Vaccination United Provinces of Agra and Oudh 1902-1913 - 1902-1913
Year: 1902
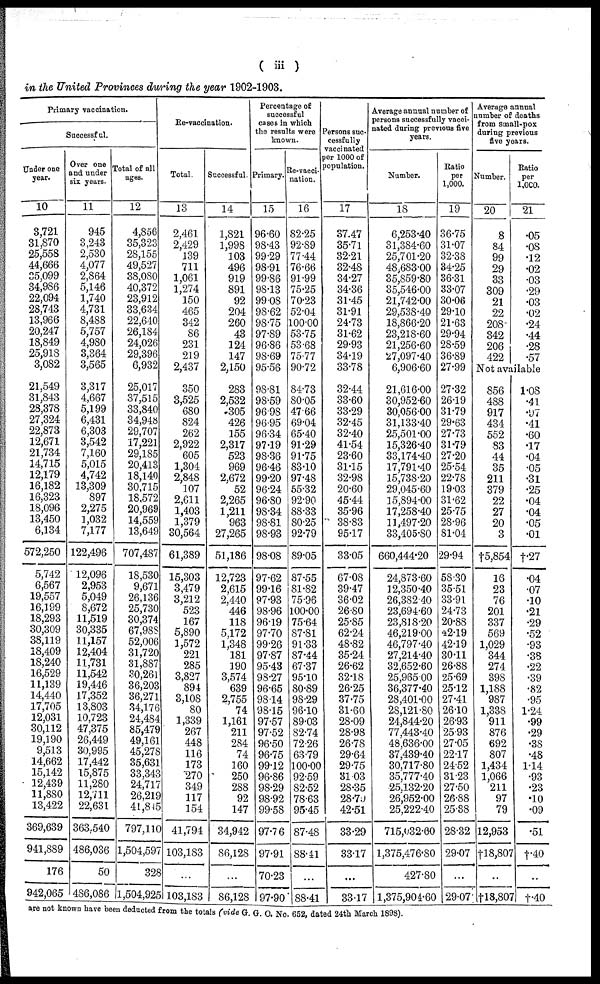
( iii )
in the United Provinces during the year 1902-1903.
Primary vaccination.
Successful.
Under one
year.
10
3,721
31,870
25,558
44,666
35,099
34,986
22,094
28,743
13,966
20,247
18,849
25,918
3,082
21,549
31,843
28,378
27,324
22,873
12,671
21,734
14,715
12,179
16,182
16,323
18,096
13,450
6,134
572,250
5,742
6,567
19,557
16,199
18,293
30,309
33,119
18,409
18,240
16,529
11,139
14,440
17,705
12,031
30,112
19,190
9,513
14,662
15,142
12,439
11,880
13,422
369,639
941,889
176
942,065
Over one
and under
six years.
11
945
3,243
2,530
4,077
2,864
5,146
1,740
4,731
8,488
5,757
4,980
3,364
3,565
3,317
4,667
5,199
6,431
6,303
3,542
7,160
5,015
4,742
13,309
897
2,275
1,032
7,177
122,496
12,096
2,953
5,049
8,672
11,519
30,335
11,157
12,404
11,731
11,542
19,446
17,352
13,803
10,723
47,375
26,449
30,995
17,442
15,875
11,280
12,711
22,631
363,540
486,036
50
486,086
Total of all
ages.
12
4,856
35,323
28,155
49,527
38,080
40,372
23,912
33,634
22,640
26,184
24,026
29,396
6,932
25,017
37,515
33,840
34,948
29,707
17,221
29,185
20,413
18,140
30,715
18,572
20,969
14,559
13,649
707,487
18,530
9,671
26,136
25,730
30,374
67,988
52,006
31,720
31,887
30,261
36,203
36,271
34,176
24,484
85,479
49,161
45,278
35,631
33,343
24,717
26,219
41,845
797,110
1,504,597
328
1,504,925
Re-vaccination.
Total.
13
2,461
2,429
139
711
1,061
1,274
150
465
342
86
231
219
2,437
350
3,525
680
824
262
2,922
605
1,304
2,848
107
2,611
1,403
1,379
30,564
61,389
15,303
3,479
3,212
523
167
5,890
1,572
221
285
3,827
894
3,108
80
1,339
267
448
116
173
270
349
117
154
41,794
103,183
...
103,183
Successful.
14
1,821
1,998
103
496
919
891
92
204
260
43
124
147
2,150
283
2,532
305
426
155
2,317
523
969
2,672
52
2,265
1,211
963
27,265
51,186
12,723
2,615
2,440
446
118
5,172
1,348
181
190
3,574
639
2,755
74
1,161
211
284
74
160
250
288
92
147
34,942
86,128
...
86,128
Percentage of
successful
cases in which
the results were
known.
Primary.
15
96.60
98.43
99.29
98.91
99.86
98.13
99.08
98.62
98.75
97.89
96.86
98.69
95.56
98.81
98.59
96.98
96.95
96.34
97.19
98.36
96.46
99.20
96.24
96.80
98.34
98.81
98.93
98.08
97.62
99.16
97.93
98.96
96.19
97.70
99.26
97.87
95.43
98.27
96.65
98.14
98.15
97.57
97.52
96.50
96.75
99.12
96.86
98.29
98.92
99.58
97.76
97.91
70.23
97.90
Re-vacci-
nation.
16
82.25
92.89
77.44
76.66
91.99
75.25
70.23
52.04
100.00
53.75
53.68
75.77
90.72
84.73
80.05
4766
69.04
65.40
91.29
91.75
83.10
97.48
55.32
92.90
88.33
80.25
92.79
89.05
87.55
81.82
75.96
100.00
75.64
87.81
91.33
87.44
67.37
95.10
80.89
98.29
96.10
89.03
82.74
72.26
63.79
100.00
92.59
82.52
78.63
95.45
87.48
88.41
...
88.41
Persons suc-
cessfully
vaccinated
per 1000 of
population.
17
37.47
35.71
32.21
32.48
34.27
34.36
31.45
31.91
24.73
31.62
29.93
34.19
33.78
32.44
33.60
33.29
32.45
32.40
41.54
23.60
31.15
32.98
20.60
45.44
35.96
38.83
95.17
33.05
67.08
39.47
36.02
26.80
25.85
62.24
48.82
35.24
26.62
32.18
26.25
37.75
31.60
28.09
28.98
26.78
29.64
29.75
31.03
28.35
28.79
42.51
33.29
33.17
...
33.17
Average annual number of
persons successfully vacci-
nated during previous five
years.
Number.
18
6,253.40
31,384.60
25,701.20
48,683.00
35,859.80
35,546.00
21,742.00
29,538.40
18,866.20
23,218.60
21,256.60
27,097.40
6,906.60
21,616.00
30,952.60
30,056.00
31,133.40
25,501.00
15,326.40
33,174.40
17,791.40
15,738.20
29,045.60
15,894.00
17,258.40
11,497.20
33,405.80
660,444.20
24,873.60
12,350.40
26,382.40
23,694.60
23,818.20
46,219.00
46,797.40
27,214.40
32,652.60
25,965.00
36,377.40
28,401.00
28,121.80
24,844.20
77,443.40
48,636.00
37,439.40
30,717.80
35,777.40
25.132.20
26,952.00
25,222.40
715,032.60
1,375,476.80
427.80
1,375,904.60
Ratio
per
1,000.
19
36.75
31.07
32.38
34.25
36.31
33.07
30.06
29.10
21.63
29.94
28.59
36.89
27.99
27.32
26.19
31.79
29.63
27.73
31.79
27.20
25.54
22.78
19.03
31.62
25.75
28.96
81.04
29.94
58.30
35.51
33.91
24.73
20.88
42.19
42.19
30.11
26.88
25.69
25.12
27.41
26.10
26.93
25.93
27.05
22.17
24.52
31.23
27.50
26.88
25.38
28.32
29.07
...
29.07
Average annual
number of deaths
from small-pox
during previous
five years.
Number.
20
8
84
99
29
33
309
21
22
208
342
206
422
Ratio
per
1,000.
21
.05
.08
.12
.02
.03
.29
.03
.02
.24
.44
.28
.57
Not avaliable
856
488
917
434
552
83
44
35
211
379
22
27
20
3
†5,854
16
23
76
201
337
569
1,029
344
274
398
1,188
987
1,338
911
876
692
807
1,434
1,066
211
97
79
12,953
†l8,807
...
†l8,807
1.08
.41
.97
.41
.60
.17
.04
.05
.31
.25
.04
.04
.05
.01
†.27
.04
.07
.10
.21
.29
.52
.93
.38
.22
.39
.82
.95
1.24
.99
.29
.38
.48
1.14
.93
.23
.10
.09
.51
†.40
...
†.40
are not known have been deducted from the totals (vide G. G. O. No. 652, dated 24th March 1898).